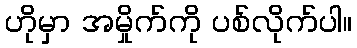
ဟိုမှာ အမှိုက်ကို ပစ်လိုက်ပါ။